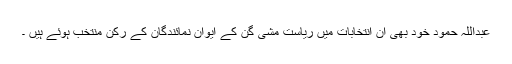
عبداللہ حمود خود بھی ان انتخابات میں ریاست مشی گن کے ایوان نمائندگان کے رکن منتخب ہوئے ہیں ۔